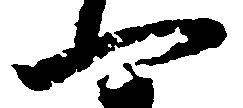
一